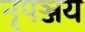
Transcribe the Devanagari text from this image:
नृपञ्जय